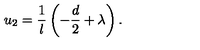
u _ { 2 } = \frac 1 l \left( - \frac { d } 2 + \lambda \right) .